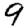
Digit: 9